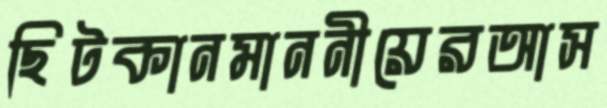
ছিটকানমাননীয়েরআস